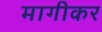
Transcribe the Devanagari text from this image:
मागीकर